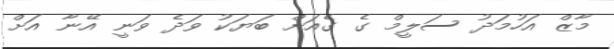
މާޒް އަހުމަދު ސަލީމް ގެ ގެއަށް ބަޔަކު ވަދެ ވަނީ އޭނާ އަށް